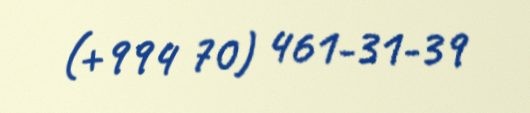
(+994 70) 461-31-39